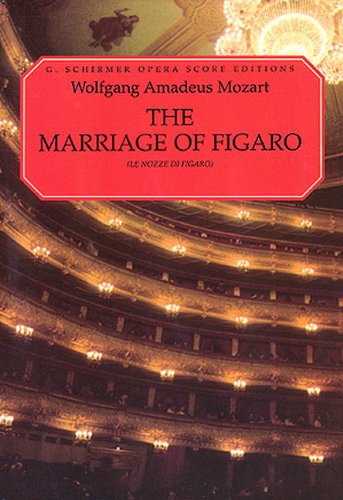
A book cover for The Marriage of Figaro (Le Nozze di Figaro): Vocal Score; Ruth Martin; Humor & Entertainment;